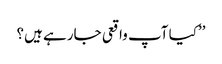
’’کیا آپ واقعی جارہے ہیں؟